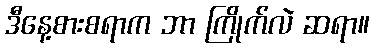
ဒီနေ့စားစရာက ဘာ ကြိုက်လဲ ဆရာ။